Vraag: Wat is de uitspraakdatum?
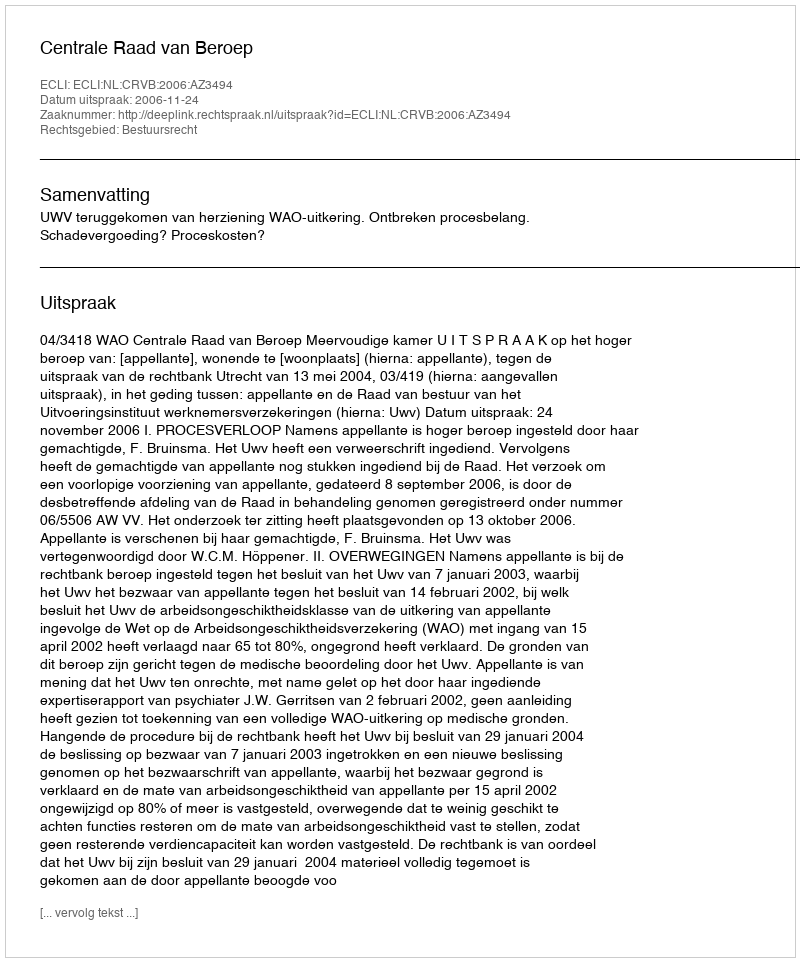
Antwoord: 2006-11-24